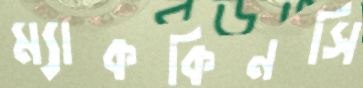
ম্যাককিনসি